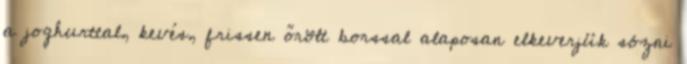
a joghurttal, kevés, frissen őrölt borssal alaposan elkeverjük sózni